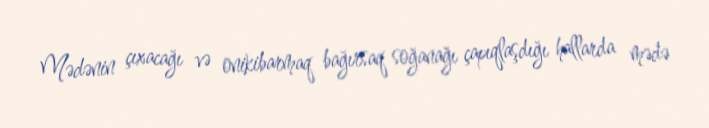
Mədənin çıxacağı və onikibarmaq bağırsaq soğanağı çapıqlaşdığı hallarda mədə